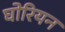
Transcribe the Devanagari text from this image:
घोरियन